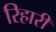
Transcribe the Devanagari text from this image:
रिहारी